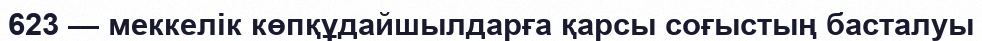
623 — меккелік көпқұдайшылдарға қарсы соғыстың басталуы